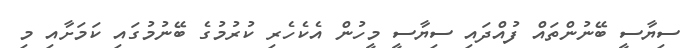
ސިޔާސީ ބޭނުންތައް ފުއްދައި ސިޔާސީ މީހުން އެކެހެރި ކުރުމުގެ ބޭނުމުގައި ކަމަށާއި މި